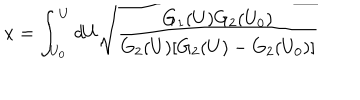
LaTeX: x = \int _ { U _ { 0 } } ^ { U } d U \sqrt { \frac { G _ { 1 } ( U ) G _ { 2 } ( U _ { 0 } ) } { G _ { 2 } ( U ) [ G _ { 2 } ( U ) - G _ { 2 } ( U _ { 0 } ) ] } }